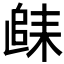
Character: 𲉐